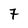
Character: 7